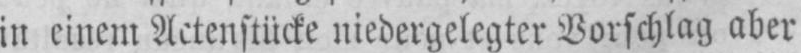
in einem Actenstücke niedergelegter Vorschlag aber